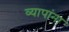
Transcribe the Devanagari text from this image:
व्यापांना